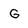
Character: G